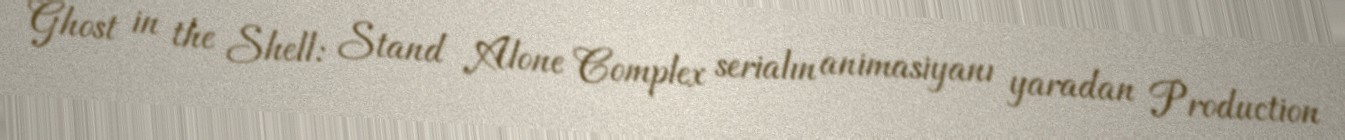
Ghost in the Shell: Stand Alone Complex serialın animasiyanı yaradan Production